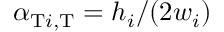
\alpha _ { \mathrm { T } i , \mathrm { T } } = h _ { i } / ( 2 w _ { i } )